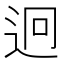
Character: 迥